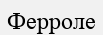
Ферроле